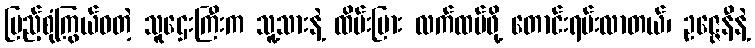
ပြည့်စုံကြွယ်ဝတဲ့ သူဌေးကြီးက သူ့သားနဲ့ ထိမ်းမြား လက်ထပ်ဖို့ တောင်းရမ်းလာတယ်၊ ဥဇ္ဇေနီနဲ့